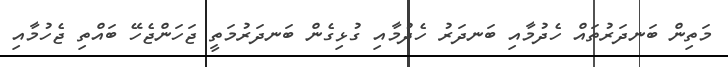
މަތިން ބަނދަރުތައް ހެދުމާއި ބަނދަރު ހެދުމާއި ގުޅިގެން ބަނދަރުމަތީ ޖަހަންޖެހޭ ބައްތި ޖެހުމާއި